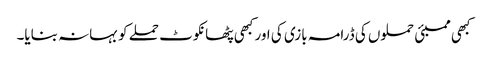
کبھی ممبئی حملوں کی ڈرامہ بازی کی اور کبھی پٹھانکوٹ حملے کو بہانہ بنایا۔